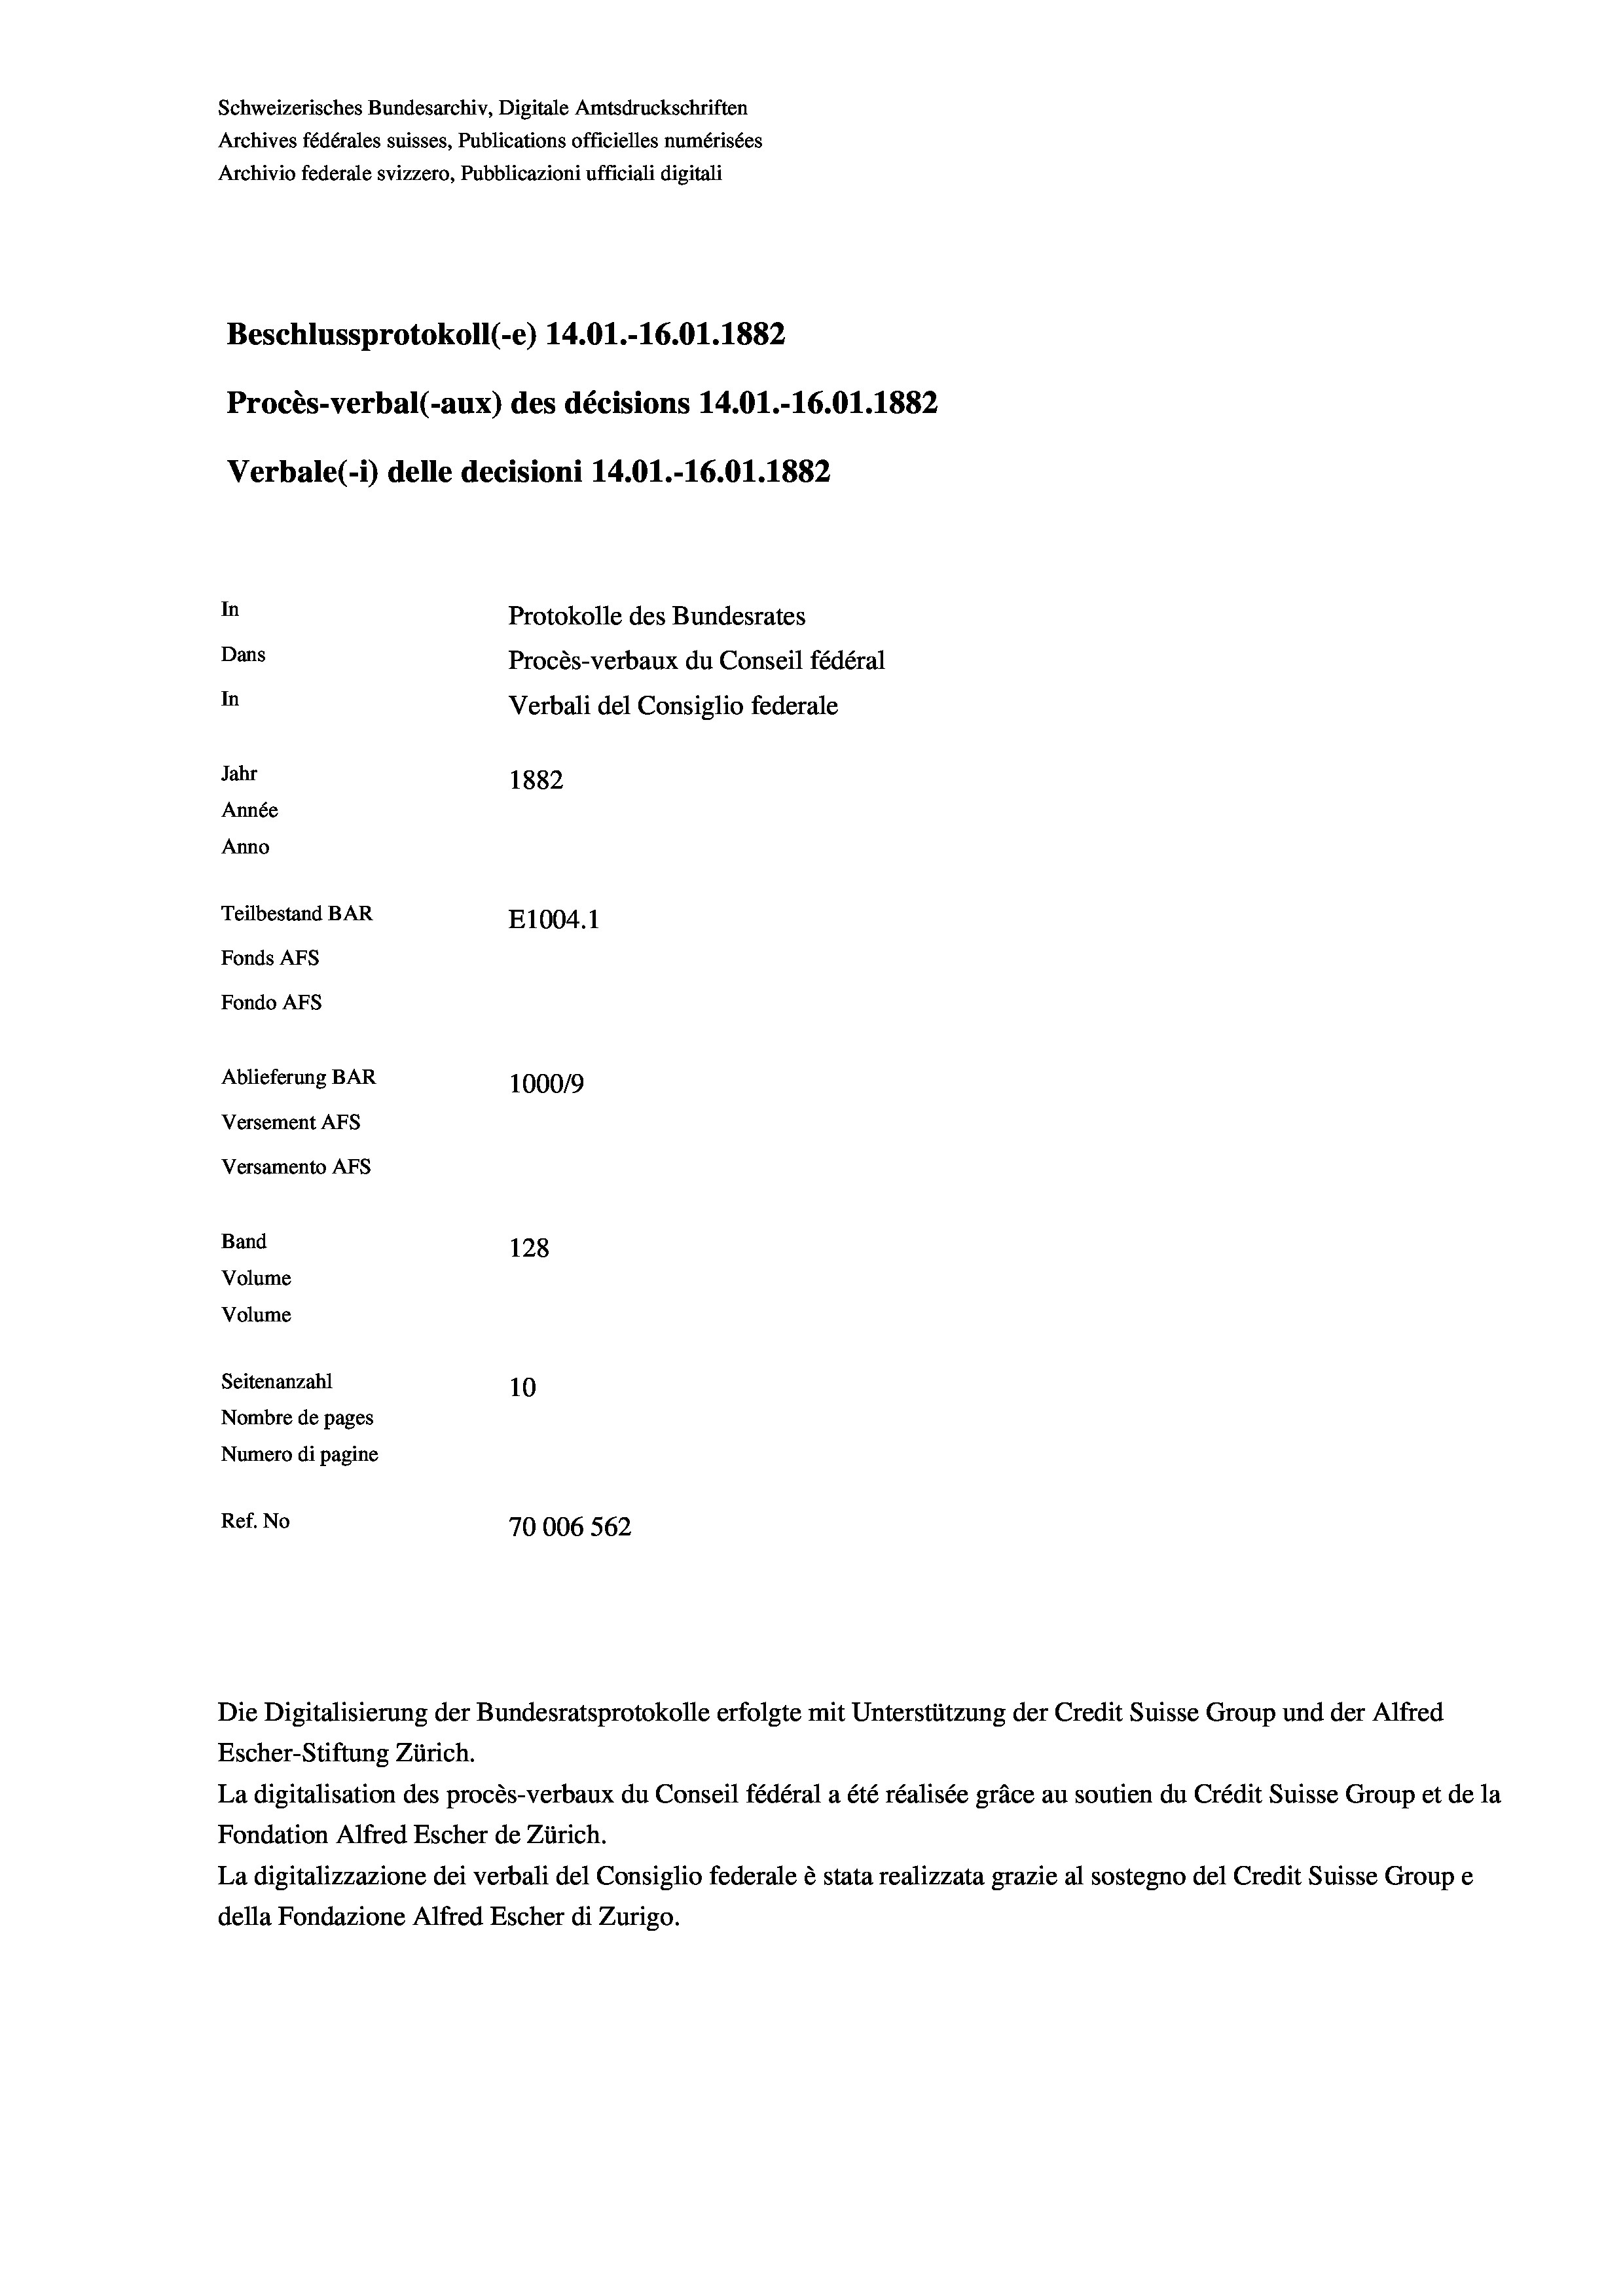
Schweizerisches Bundesarchiv, Digitale Amtsdruckschriften
Archives fédérales suisses, Publications officielles numérisées
Archivio federale svizzero, Pubblicazioni ufficiali digitali
Beschlussprotokoll (-e) 14.01.-16.01. 1882
Procès-verbal (-aux) des décisions 14.01.-16.01. 1882
Verbale(-) delle decisioni 14.01.-16.01. 1882
In
Protokolle des Bundesrates
Dans
Procès-verbaux du Conseil fédéral
In
Verbali del Consiglio federale
Jahr
1882
Année
Anno
Teilbestand BAR
E1004.1
Fonds AFs
Fondo Afs
Ablieferung BAR
100019
Versement AFs
Versamento Afs
Band
128
Volume
Volume

Seitenanzahl
10
Nombre de pages
Numero di pagine
Ref. No
70006 562

Escher-Stiftung Zürich.
La digitalisation des procès-verbaux du Conseil fédéral a été réalisée gräce au soutien du Crédit Suisse Group et de la
Fondation Alfred Escher de Zürich.
La digitalizzazione dei verbali del Consiglio federale è stata realizzata grazie al sostegno del Credit Suisse Groupe
della Fondazione Alfred Escher di Zurigo.

Die Digitalisierung der Bundesratsprotokolle erfolgte mit Unterstützung der Credit Suisse Group und der Alfred